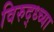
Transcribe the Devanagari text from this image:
विरुद्ध्च्या